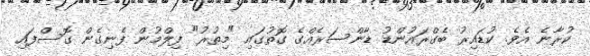
ކުރާނެ އެވެ. ކުޑައިރު ބެގްރައުންޑު ޑާންސަރެެއްގެ ގޮތުގައި "މިތުރު" ފިލްމުން ފެނިގެން ގޮސްފައި